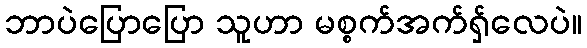
ဘာပဲပြောပြော သူဟာ မစ္စက်အက်ရှ်လေပဲ။